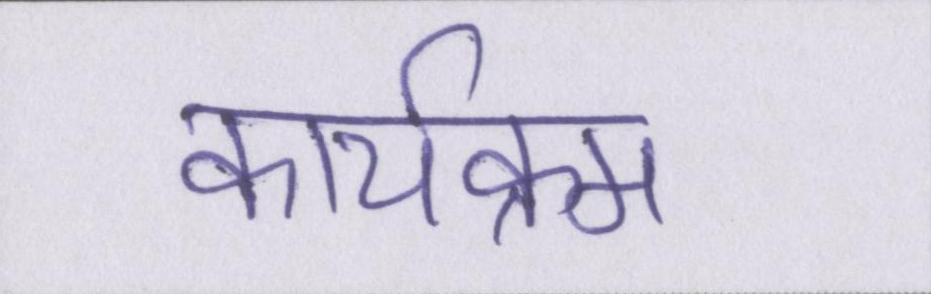
कार्यक्रम